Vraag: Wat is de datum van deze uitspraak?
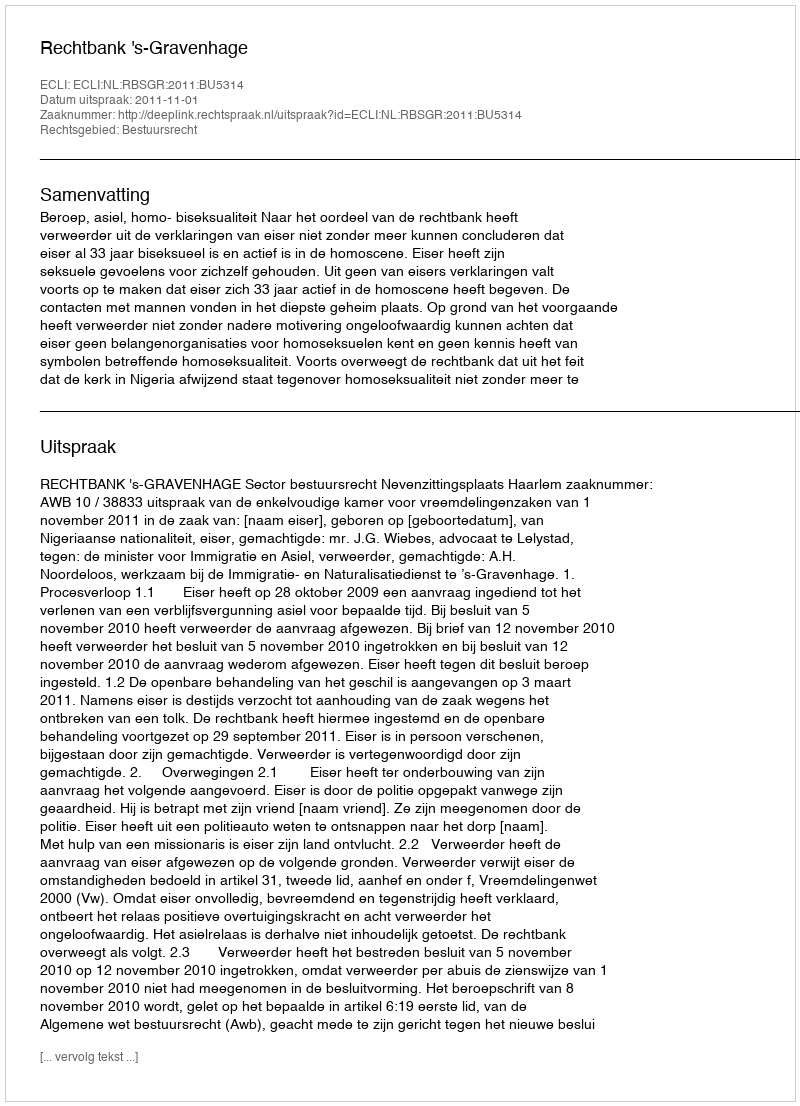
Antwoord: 2011-11-01